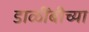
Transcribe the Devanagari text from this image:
डाळींबीच्या